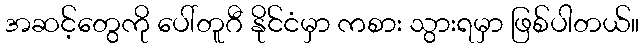
အဆင့်တွေကို ပေါ်တူဂီ နိုင်ငံမှာ ကစား သွားရမှာ ဖြစ်ပါတယ်။